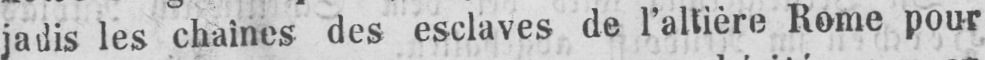
jadis les chaines des esclaves de l’altière Rome pour